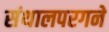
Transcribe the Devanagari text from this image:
संथालपरगने